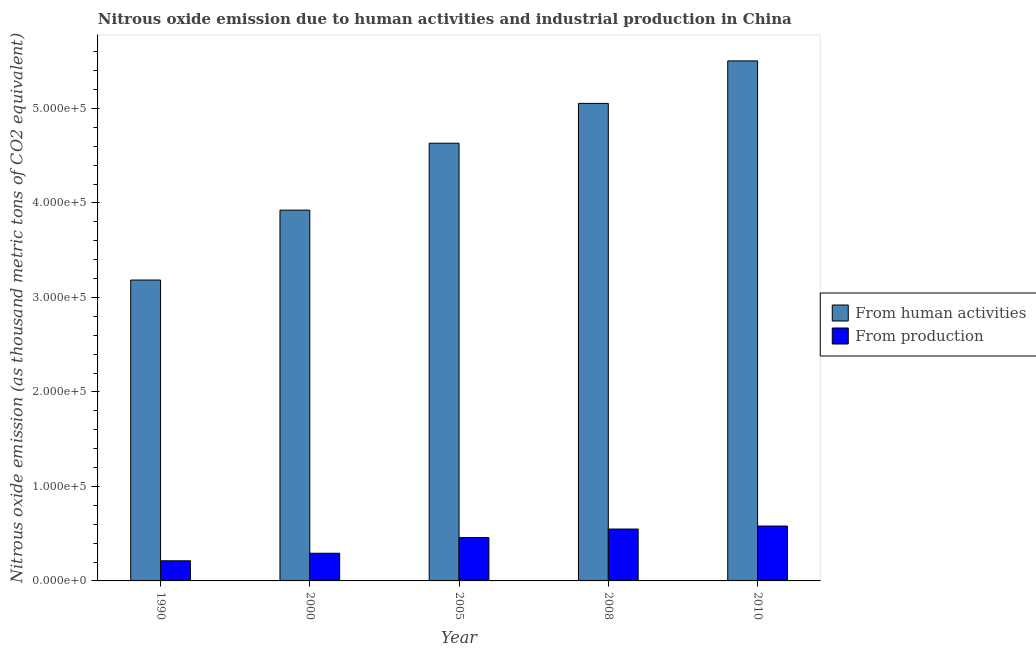
| Year | From human activities | From production |
 | --- | --- | --- |
 | 1990 | 3.18e+05 | 2.13e+04 |
 | 2000 | 3.92e+05 | 2.93e+04 |
 | 2005 | 4.63e+05 | 4.58e+04 |
 | 2008 | 5.05e+05 | 5.49e+04 |
 | 2010 | 5.5e+05 | 5.81e+04 |